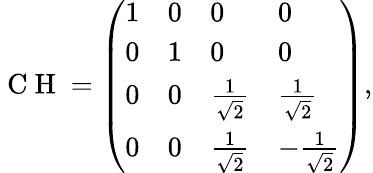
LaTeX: \mathrm{~C~H~}=\left(\begin{array}{llll}{1}&{0}&{0}&{0}\\ {0}&{1}&{0}&{0}\\ {0}&{0}&{\frac{1}{\sqrt{2}}}&{\frac{1}{\sqrt{2}}}\\ {0}&{0}&{\frac{1}{\sqrt{2}}}&{-\frac{1}{\sqrt{2}}}\end{array}\right),